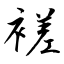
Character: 褨